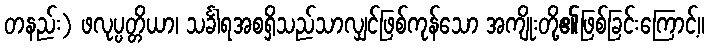
တနည်း) ဖလုပ္ပတ္တိယာ၊ သင်္ခါရအစရှိသည်သာလျှင်ဖြစ်ကုန်သော အကျိုးတို့၏ဖြစ်ခြင်းကြောင့်။